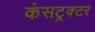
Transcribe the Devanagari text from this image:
कंसट्रक्टर